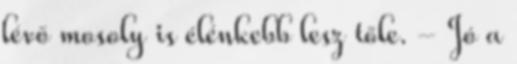
lévő mosoly is élénkebb lesz tőle. - Jó a